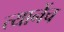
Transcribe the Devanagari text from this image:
त्यानेंच